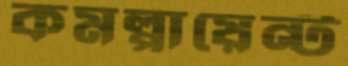
কমপ্লায়েন্ট